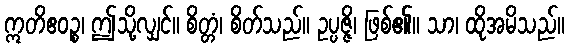
ဣတိဧဝဉ္စ၊ ဤသို့လျှင်။ စိတ္တံ၊ စိတ်သည်။ ဥပ္ပဇ္ဇိ၊ ဖြစ်၏။ သာ၊ ထိုအမိသည်။